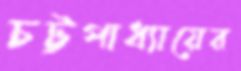
চট্টপাধ্যায়ের